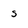
Character: S